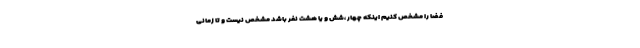
فضا را مشخص کنیم اینکه چهار ،شش و یا هشت نفر باشد مشخص نیست و تا زمانی